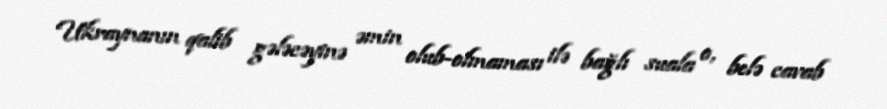
Ukraynanın qalib gələcəyinə əmin olub-olmaması ilə bağlı suala o, belə cavab